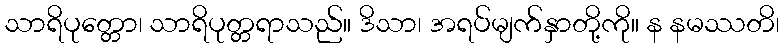
သာရိပုတ္တော၊ သာရိပုတ္တရာသည်။ ဒိသာ၊ အရပ်မျက်နှာတို့ကို။ န နမဿတိ၊